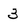
Character: 3